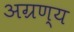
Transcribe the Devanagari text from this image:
अग्रण्य